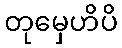
တုမှေဟိပိ